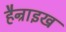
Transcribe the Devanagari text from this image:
हैन्राइख